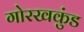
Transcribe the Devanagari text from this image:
गोरखकुंड